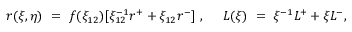
r ( \xi , \eta ) ~ = ~ f ( \xi _ { 1 2 } ) [ \xi _ { 1 2 } ^ { - 1 } r ^ { + } + \xi _ { 1 2 } r ^ { - } ] ~ , \ \ \ \ L ( \xi ) ~ = ~ { \xi ^ { - 1 } } L ^ { + } + \xi L ^ { - } ,